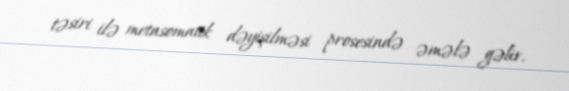
təsiri ilə metasomatik dəyişilməsi prosesində əmələ gəlir.